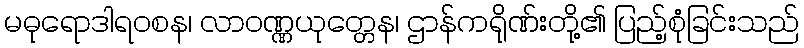
မဓုရောဒါရဝစန၊ လာဝဏ္ဏယုတ္တေန၊ ဌာန်ကရိုဏ်းတို့၏ ပြည့်စုံခြင်းသည်